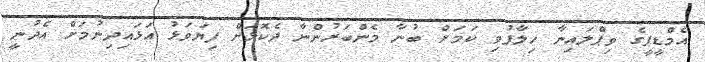
އެމްޑީޕީގެ ވިޕްލައިނާ ހިލާފުވި ކަމަށް ބުނާ މެންބަރުންނާ ދެކޮޅަށް ފިޔަވަޅު އަޅައިދިނުމަށް އެދުނީ